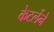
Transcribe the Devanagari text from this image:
केटर्लेने